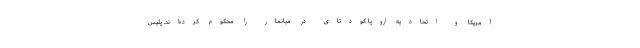
آمریکا و اتحادیه اروپا کودتای در میانمار را محکوم کرده‌اند. پلیس